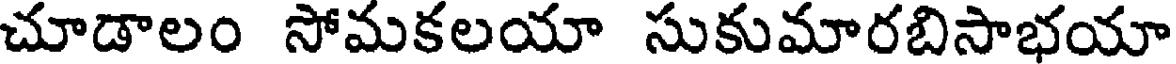
చూడాలం సోమకలయా సుకుమారబిసాభయా